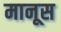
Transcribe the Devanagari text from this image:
मानूस